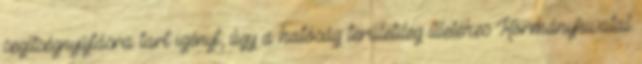
segítségnyújtásra tart igényt, úgy a hatóság területileg illetékes Kormányhivatal